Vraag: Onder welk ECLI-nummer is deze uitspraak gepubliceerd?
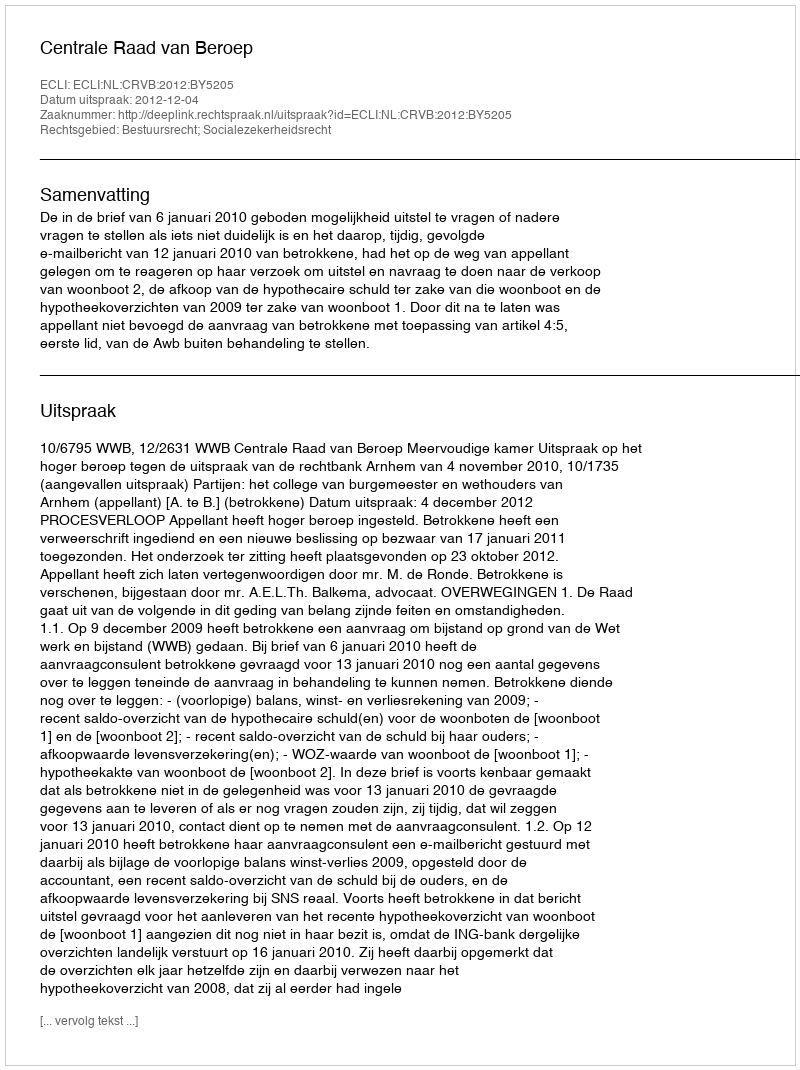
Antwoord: ECLI:NL:CRVB:2012:BY5205